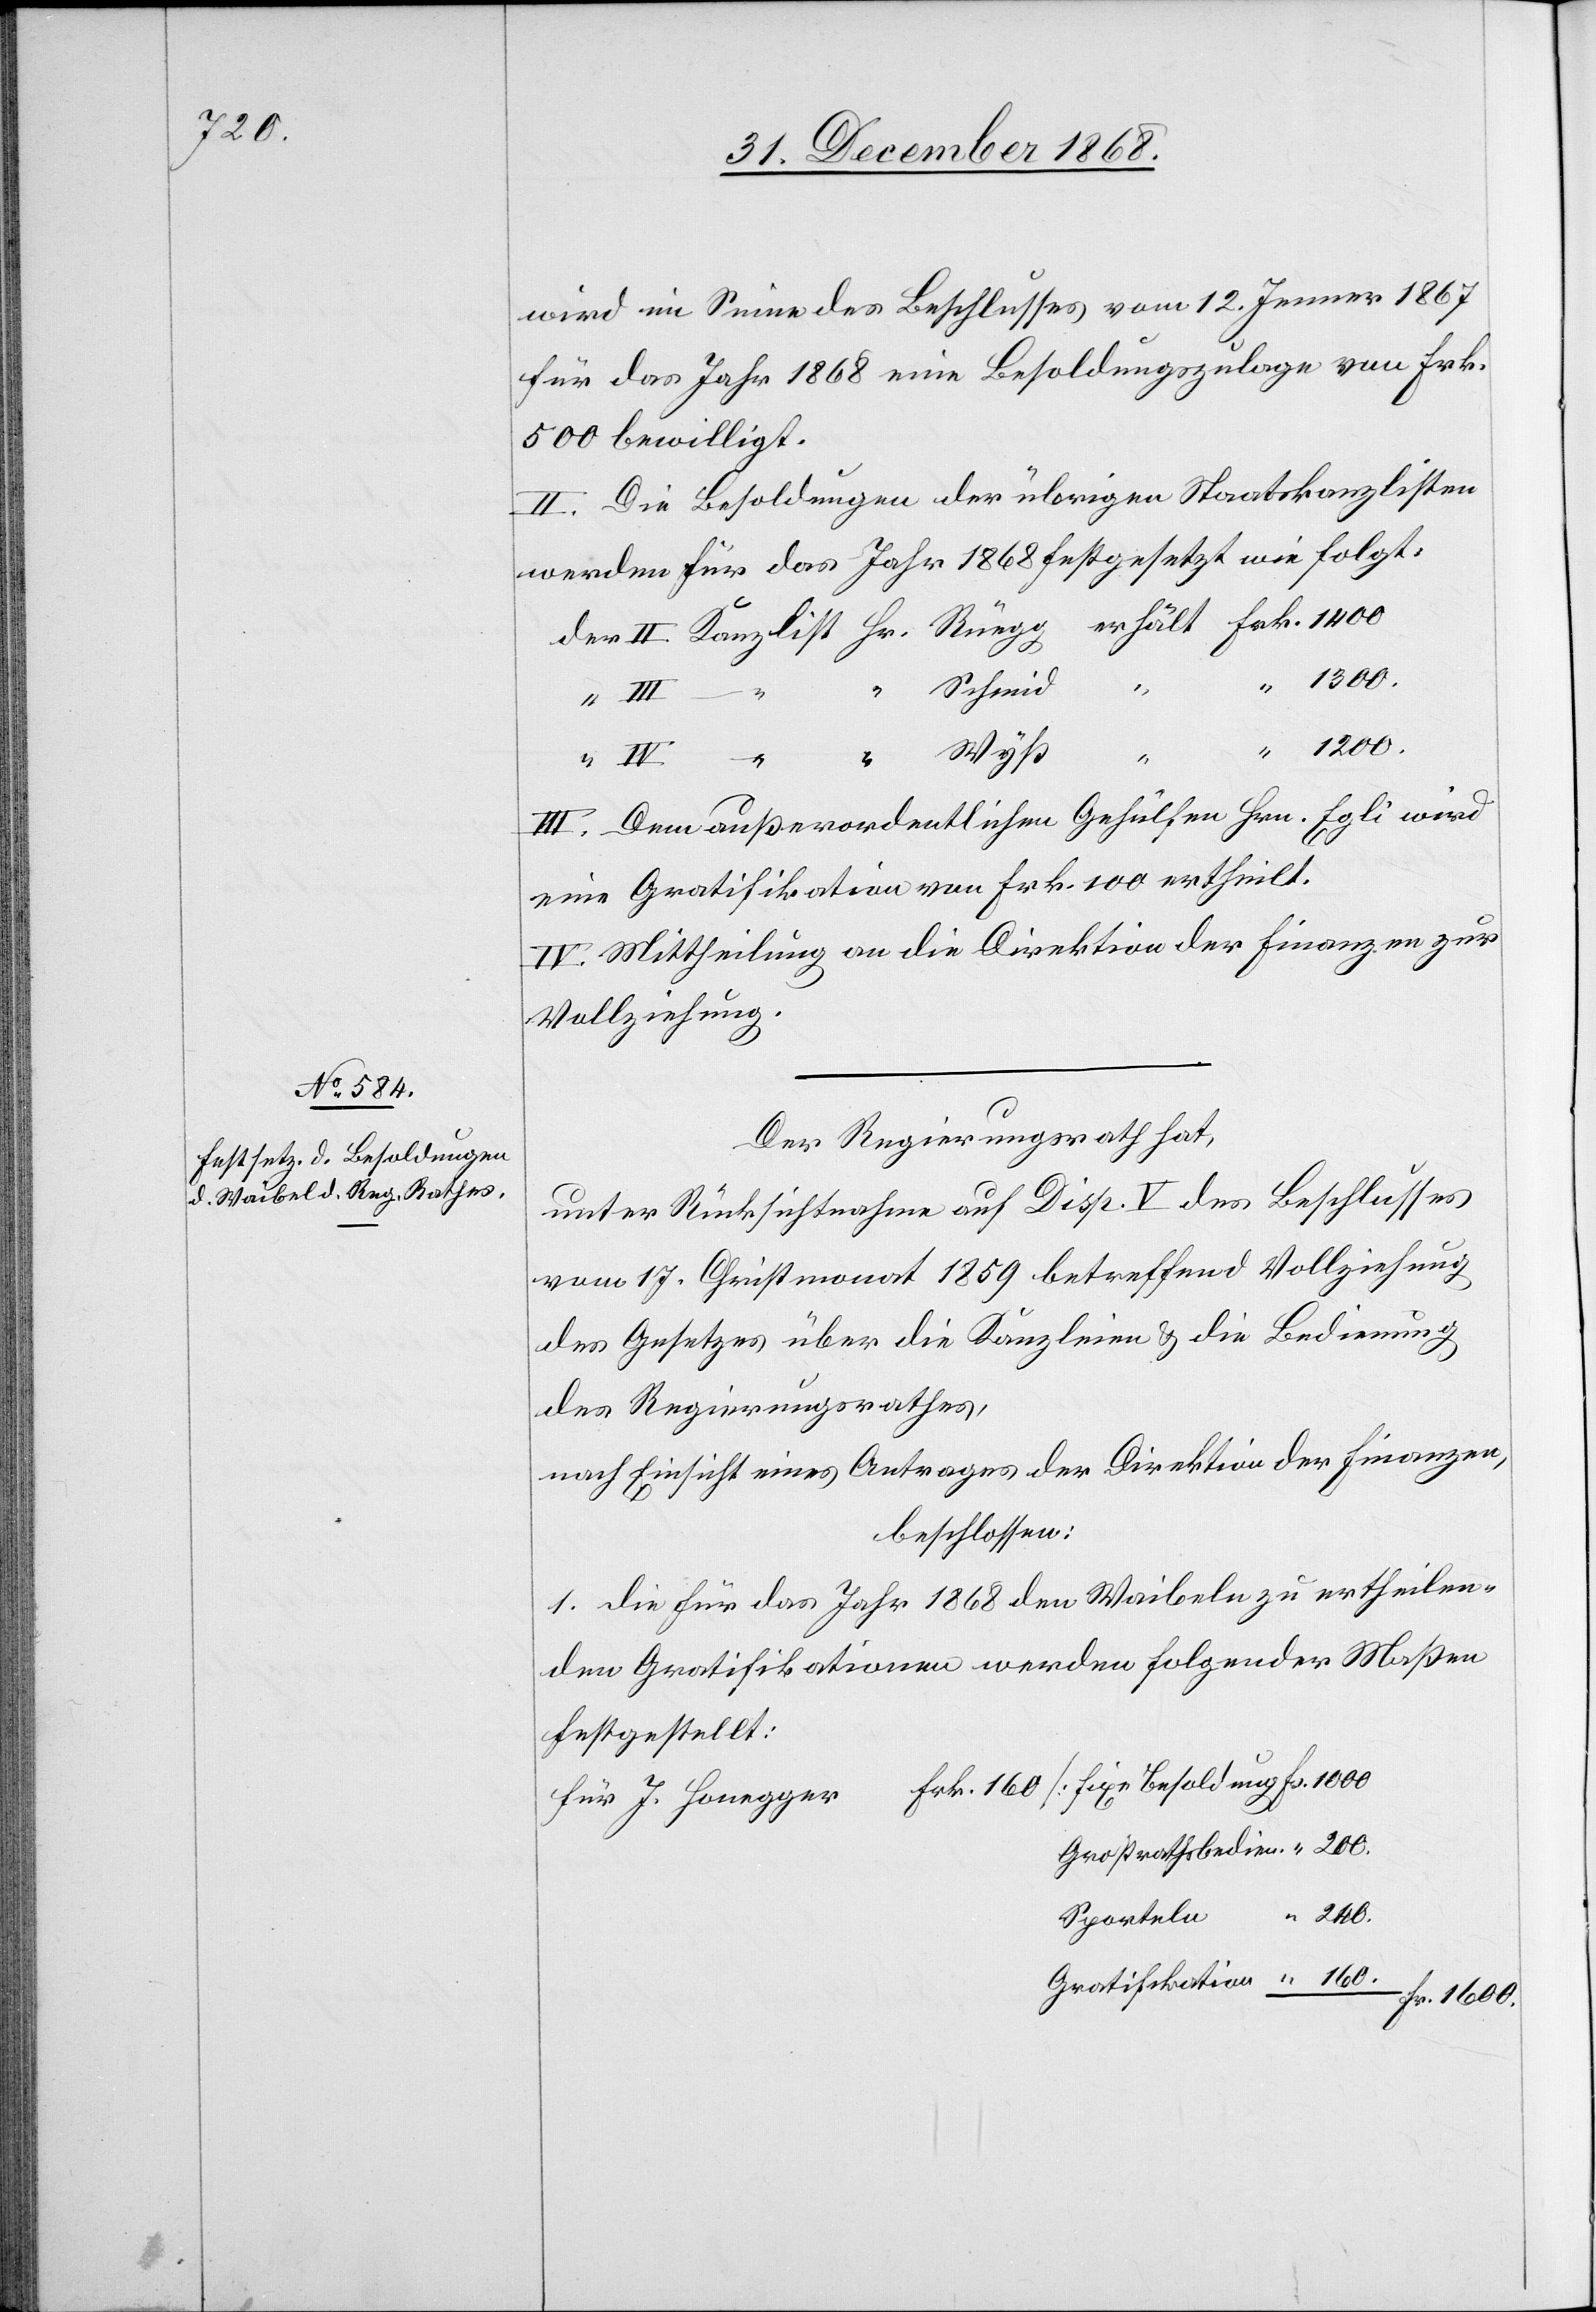
1200.

wird im Sinne des Beschlusses vom 12. Jenner 1867
für das Jahr 1868 eine Besoldungszulage von Frk.
500 bewilligt.
II. Die Besoldungen der übrigen Staatskanzlisten
werden für das Jahr 1868 festgesetzt wie folgt:
“ 1300.
III.
“ Schmid
“ 160.
“ Wyß
III. Dem außerordentlichen Gehülfen Hrn. Egli wird
eine Gratifikation von Frk. 100 ertheilt.
IV. Mittheilung an die Direktion der Finanzen zur
Vollziehung.
Der Regierungsrath hat,
unter Rücksichtnahme auf Disp. V des Beschlusses
vom 17. Christmonat 1859 betreffend Vollziehung
des Gesetzes über die Kanzleien & die Bedienung
des Regierungsrathes,
nach Einsicht eines Antrages der Direktion der Finanzen,
beschlossen:
1. Die für das Jahr 1868 den Waibeln zu ertheilen¬
den Gratifikationen werden folgender Maßen
festgestellt:
für J. Honegger
Großrathsbedien.
“ 240.
Sporteln
Fr. 1600.